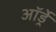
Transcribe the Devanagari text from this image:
ऑर्ड्रे